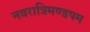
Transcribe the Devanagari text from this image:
नवरात्रिमण्डपम